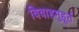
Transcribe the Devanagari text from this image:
विवाहमुहूर्त